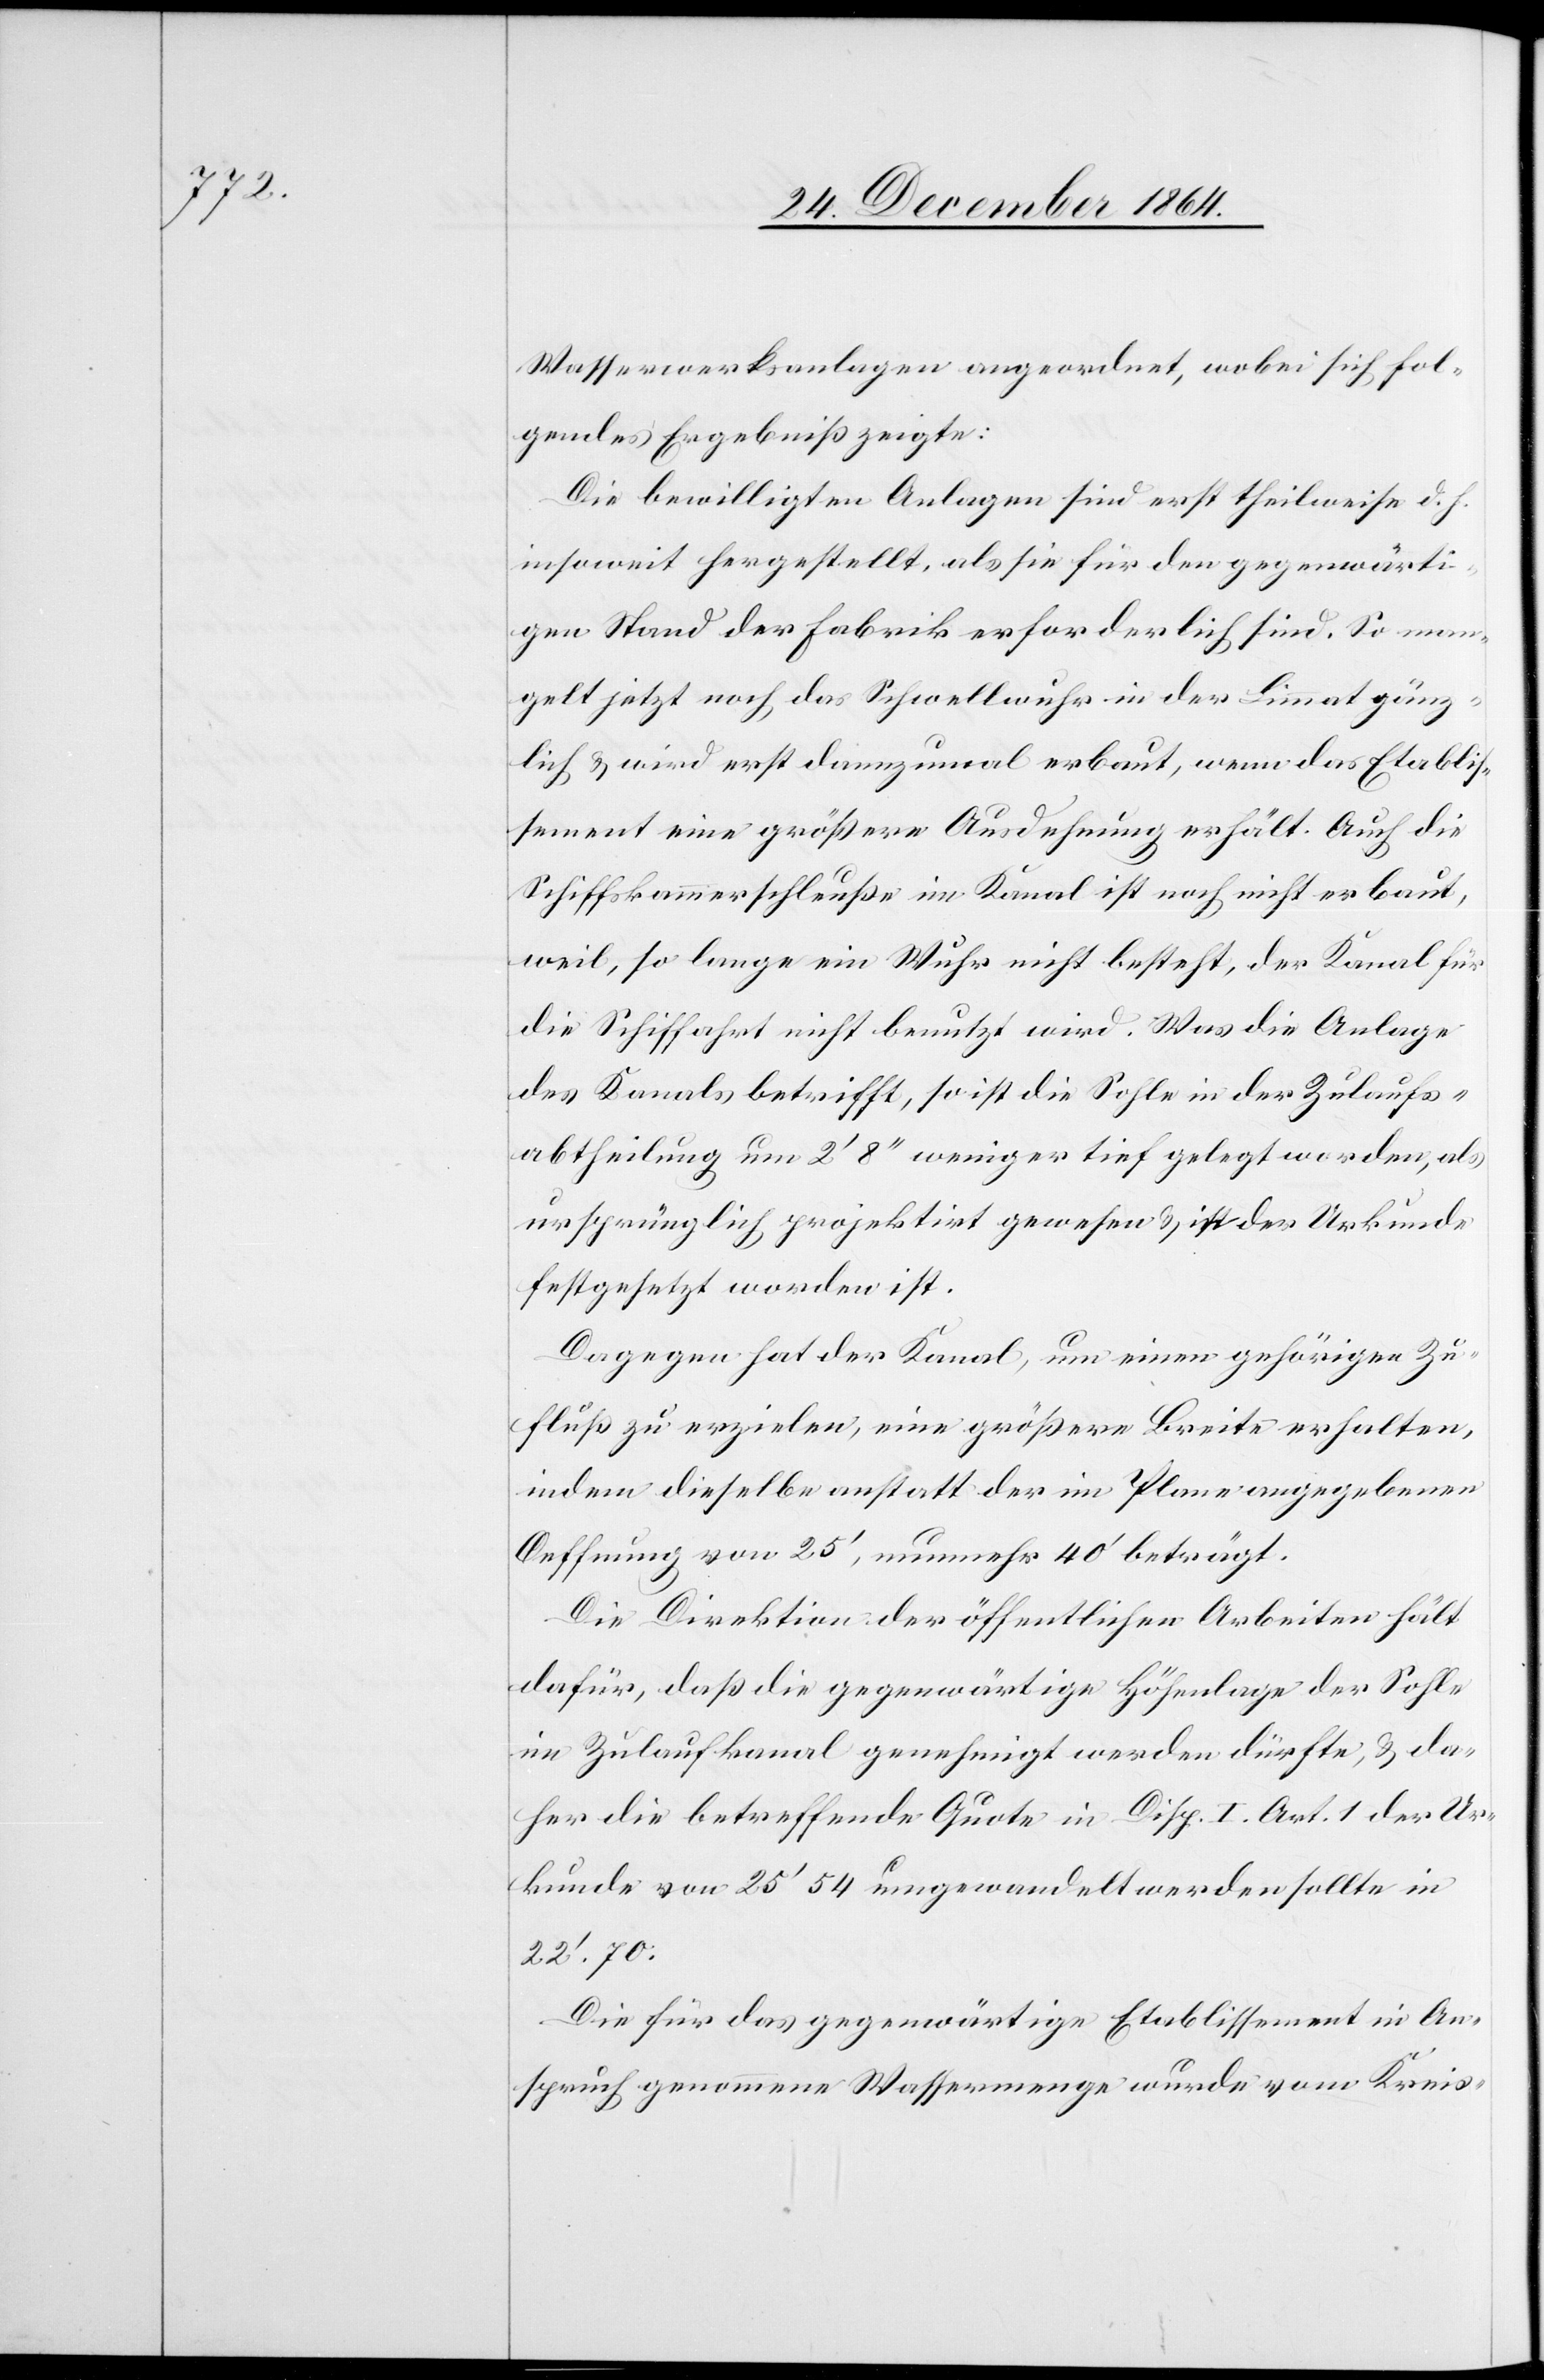
Wasserwerksanlagen angeordnet, wobei sich fol¬
gendes Ergebniß zeigte:
Die bewilligten Anlagen sind erst theilweise d. h.
insoweit hergestellt, als sie für den gegenwärti¬
gen Stand der Fabrik erforderlich sind. So man¬
gelt jetzt noch das Schwellwuhr in der Limmat gänz¬
lich & wird erst dannzumal erbaut, wenn das Etablis¬
sement eine größere Ausdehnung erhält. Auch die
Schiffskammerschleuße im Kanal ist noch nicht erbaut,
weil, so lange ein Wuhr nicht besteht, der Kanal für
die Schiffahrt nicht benutzt wird. Was die Anlage
des Kanals betrifft, so ist die Sohle in der Zulaufs¬
abtheilung um 2’ 8’’ weniger tief gelegt worden, als
ursprünglich projektirt gewesen & in der Urkunde
festgesetzt worden ist.
Dagegen hat der Kanal, um einen gehörigen Zu¬
fluß zu erzielen, eine größere Breite erhalten,
indem dieselbe anstatt der im Plane angegebenen
Oeffnung von 25’ nunmehr 40’ beträgt.
Die Direktion der öffentlichen Arbeiten hält
dafür, daß die gegenwärtige Höhenlage der Sohle
im Zulaufkanal genehmigt werden dürfte, & da¬
her die betreffende Quote in Disp. I Art. 1 der Ur¬
kunde von 25’ 54 umgewandelt werden sollte in
22’.70.
Die für das gegenwärtige Etablissement in An¬
spruch genommene Wassermenge wurde vom Kreis-